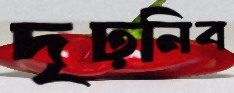
দৃঢ়নিব